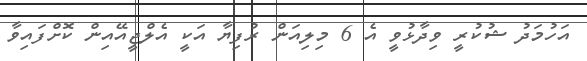
އަހުމަދު ޝުކުރީ ވިދާޅުވީ އެ 6 މިލިއަން ރުފިޔާ އަކީ އެލްޖީއޭއިން ކޮށްފައިވާ